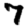
Digit: 7